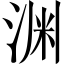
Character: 渊